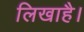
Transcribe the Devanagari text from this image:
लिखाहै।